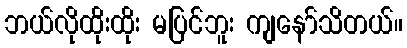
ဘယ်လိုထိုးထိုး မပြင်ဘူး ကျနော်သိတယ်။